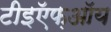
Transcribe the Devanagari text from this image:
टीइऍफ़ऑय